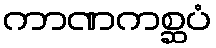
ကာဏကစ္ဆပံ